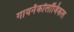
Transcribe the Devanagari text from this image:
गायनॅकॉलॉजिकल